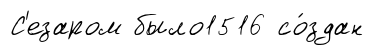
С'езаром было1516 со́здан